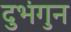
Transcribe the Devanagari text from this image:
दुभंगुन